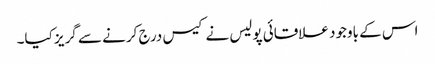
اس کے باوجود علاقائی پولیس نے کیس درج کرنے سے گریز کیا۔